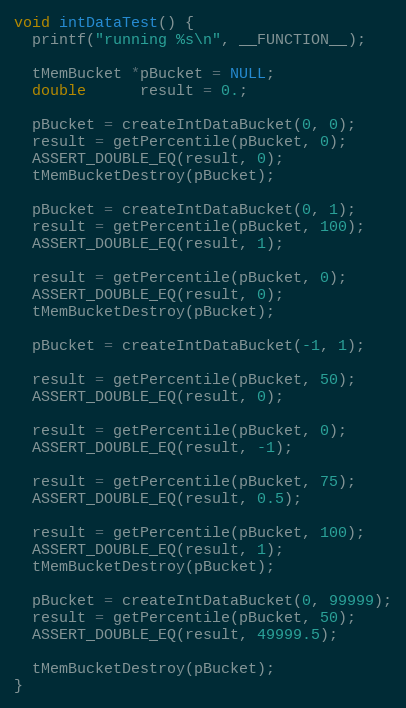
Language: C++
void intDataTest() {
  printf("running %s\n", __FUNCTION__);

  tMemBucket *pBucket = NULL;
  double      result = 0.;

  pBucket = createIntDataBucket(0, 0);
  result = getPercentile(pBucket, 0);
  ASSERT_DOUBLE_EQ(result, 0);
  tMemBucketDestroy(pBucket);

  pBucket = createIntDataBucket(0, 1);
  result = getPercentile(pBucket, 100);
  ASSERT_DOUBLE_EQ(result, 1);

  result = getPercentile(pBucket, 0);
  ASSERT_DOUBLE_EQ(result, 0);
  tMemBucketDestroy(pBucket);

  pBucket = createIntDataBucket(-1, 1);

  result = getPercentile(pBucket, 50);
  ASSERT_DOUBLE_EQ(result, 0);

  result = getPercentile(pBucket, 0);
  ASSERT_DOUBLE_EQ(result, -1);

  result = getPercentile(pBucket, 75);
  ASSERT_DOUBLE_EQ(result, 0.5);

  result = getPercentile(pBucket, 100);
  ASSERT_DOUBLE_EQ(result, 1);
  tMemBucketDestroy(pBucket);

  pBucket = createIntDataBucket(0, 99999);
  result = getPercentile(pBucket, 50);
  ASSERT_DOUBLE_EQ(result, 49999.5);

  tMemBucketDestroy(pBucket);
}